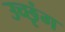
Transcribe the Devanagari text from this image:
उच्छृंग